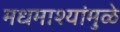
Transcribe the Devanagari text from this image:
मधमाश्यांमुळे